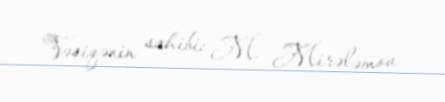
Vəsiqənin sahibi: M. Mirələmov